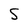
Character: S